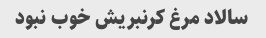
سالاد مرغ کرنبریش خوب نبود